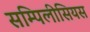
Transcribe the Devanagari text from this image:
सम्पिलीसियस